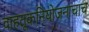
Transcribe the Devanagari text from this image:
वाहतूकनियोजनाचाच